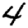
Digit: 4